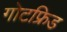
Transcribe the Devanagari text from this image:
गोटफ्रिड